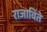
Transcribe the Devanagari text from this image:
राजाविंते